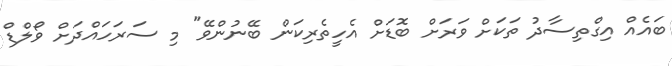
ބައެއް އިގްތިސާދު ތަކަށް ވަރަށް ބޮޑަށް އެހީތެރިކަން ބޭނުންވޭ" މި ސަރަހައްދަށް ވޯލްޑް